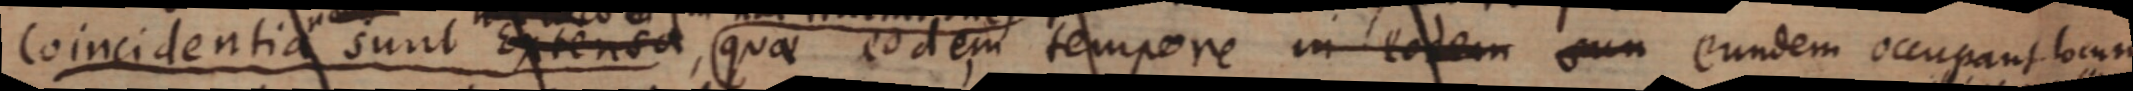
Coincidentia sunt Extensa, quae eodem tempore in eodem sun eundem occupant locum